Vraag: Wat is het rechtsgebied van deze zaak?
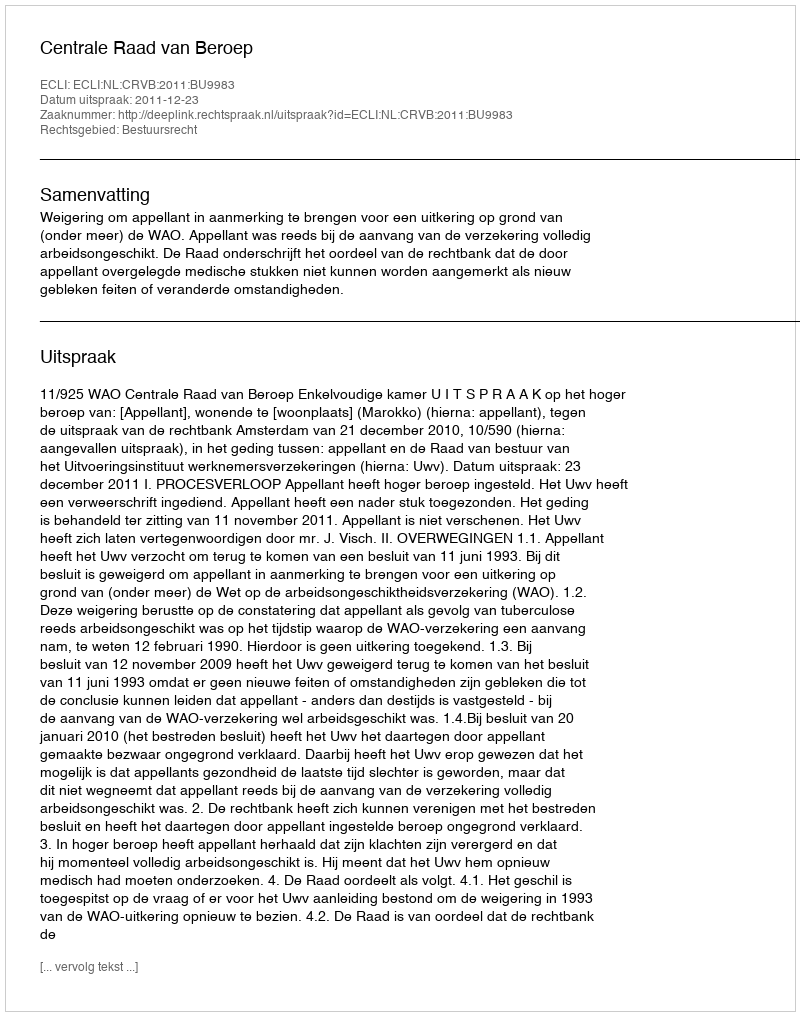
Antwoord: Bestuursrecht